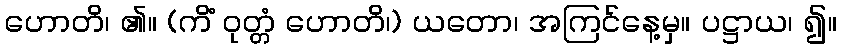
ဟောတိ၊ ၏။ (ကိံ ဝုတ္တံ ဟောတိ၊) ယတော၊ အကြင်နေ့မှ။ ပဋ္ဌာယ၊ ၍။